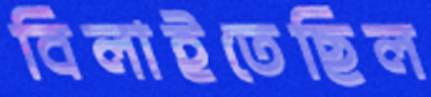
বিলাইতেছিল